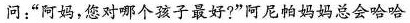
问：“阿妈，您对哪个孩子最好?”阿尼帕妈妈总会哈哈